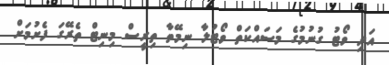
އަދި ވޯޓު ގުނުމުގެ މަސައްކަތް ވޯޓުލާ ނިމޭތާ ތިރީސް މިނިޓް ތެރޭގަ ފެށުމަށް